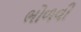
ભોળવી